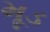
મૂડ